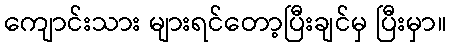
ကျောင်းသား များရင်တော့ပြီးချင်မှ ပြီးမှာ။